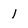
Character: 1